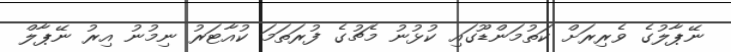
ނޭޕާލުގެ ވެރިރަށް ކަތުމަންޑޫގައި ކުޅުނު މެޗުގެ ފުރަތަމަ ކުއާޓަރު ނިމުނު އިރު ނޭޕާލް